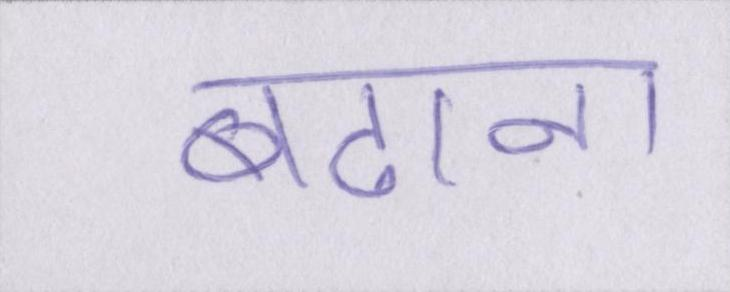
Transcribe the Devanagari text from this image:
बढाना